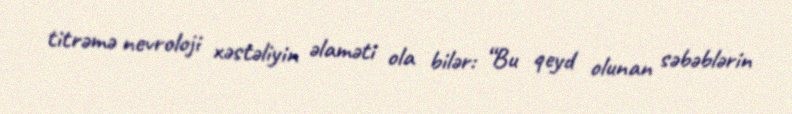
titrəmə nevroloji xəstəliyin əlaməti ola bilər: “Bu qeyd olunan səbəblərin